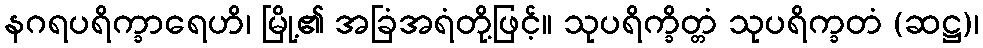
နဂရပရိက္ခာရေဟိ၊ မြို့၏ အခြံအရံတို့ဖြင့်။ သုပရိက္ခိတ္တံ သုပရိက္ခတံ (ဆဋ္ဌ)၊